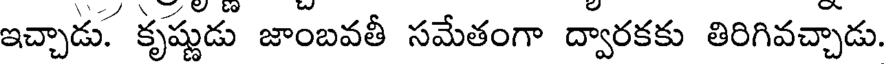
ఇచ్చాడు. కృష్ణుడు జాంబవతీ సమేతంగా ద్వారకకు తిరిగివచ్చాడు.